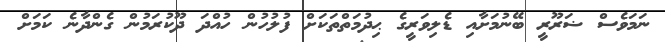
ނަމަވެސް ޟަރޫރީ ބޭނުމަށާއި ޑެލިވަރީގެ ޙިދުމަތްތަކަށް ފުލުހުން ހުއްދަ ދޫކުރަމުން ގެންދާނެ ކަމަށް